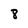
Character: 8